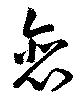
裵